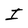
Character: I